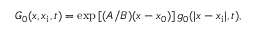
\begin{array} { r } { G _ { 0 } ( x , x _ { \mathrm { i } } , t ) = \exp \left[ ( A / B ) ( x - x _ { 0 } ) \right] g _ { 0 } ( | x - x _ { \mathrm { i } } | , t ) , } \end{array}